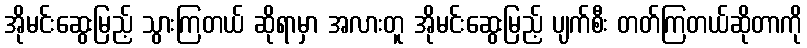
အိုမင်းဆွေးမြည့် သွားကြတယ် ဆိုရာမှာ အလားတူ အိုမင်းဆွေးမြည့် ပျက်စီး တတ်ကြတယ်ဆိုတာကို